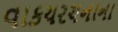
વાકયરચનાના